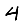
Digit: 4